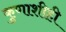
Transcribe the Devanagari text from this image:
कुणाशीही